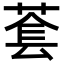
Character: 𬝑